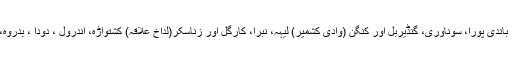
123امیدواروں میں سات وزیروں اور متعدد بڑے رہنماؤں کے علاوہ بیشتر حالیہ ممبران گریز، باندی پورا، سوناوری، گنڈیربل اور کنگن (وادی کشمیر) لیہہ، نبرا، کارگل اور زناسکر(لداخ علاقہ) کشتواڑہ، اندرول ، دودا ، بدروہ، رام بن اور بنیہال (جموں علاقہ) کی 15سیٹوں پر اکثریت حاصل کرنے کے لیے میدان میں ہیں۔